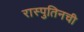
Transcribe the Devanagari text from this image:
रास्पुतिनची